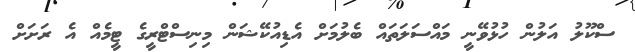
ސްކޫލު އަލުން ހުޅުވޭނީ މައްސަލަތައް ބެލުމަށް އެޑިއުކޭޝަން މިނިސްޓްރީގެ ޓީމެއް އެ ރަށަށް